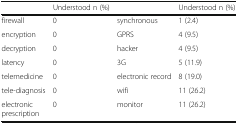
|  | Understood n (%) |  | Understood n (%) |
 | --- | --- | --- | --- |
 | firewall | 0 | synchronous | 1 (2.4) |
 | encryption | 0 | GPRS | 4 (9.5) |
 | decryption | 0 | hacker | 4 (9.5) |
 | latency | 0 | 3G | 5 (11.9) |
 | telemedicine | 0 | electronic record | 8 (19.0) |
 | tele-diagnosis | 0 | wifi | 11 (26.2) |
 | electronic prescription | 0 | monitor | 11 (26.2) |